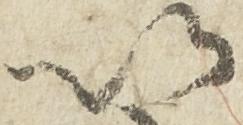
以